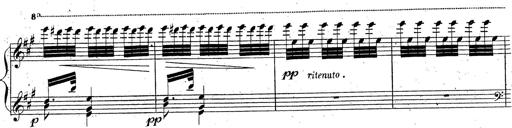
Title: Grande fantaisie sur la tyrolienne de l'opÃ©ra
Composer: Franz Liszt
Key: A major